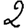
Digit: 2